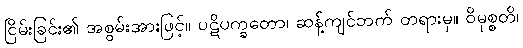
ငြိမ်းခြင်း၏ အစွမ်းအားဖြင့်။ ပဋိပက္ခတော၊ ဆန့်ကျင်ဘက် တရားမှ။ ဝိမုစ္စတိ၊